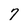
Character: 7